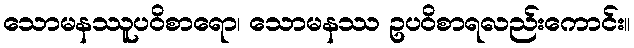
သောမနဿူပဝိစာရော၊ သောမနဿ ဥပဝိစာရလည်းကောင်း။